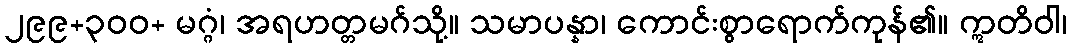
၂၉၉+၃၀၀+ မဂ္ဂံ၊ အရဟတ္တမဂ်သို့။ သမာပန္နာ၊ ကောင်းစွာရောက်ကုန်၏။ ဣတိဝါ၊